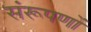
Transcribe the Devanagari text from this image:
संरूपणों